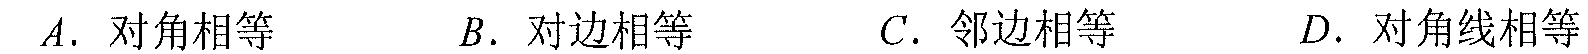
\(A.\) 对角相等 \(\qquad B.\) 对边相等 \(\qquad C.\) 邻边相等 \(\qquad D.\) 对角线相等